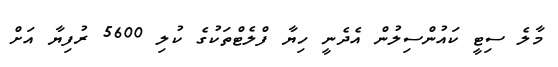
މާލެ ސިޓީ ކައުންސިލުން އެދެނީ ހިޔާ ފްލެޓްތަކުގެ ކުލި 5600 ރުފިޔާ އަށް